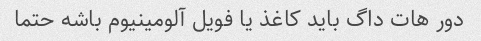
دور هات داگ باید کاغذ یا فویل آلومینیوم باشه حتما